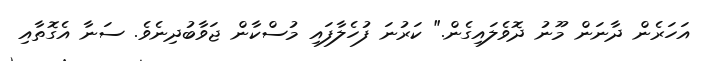
އަހަރެން ދާނަން މޫނު ދޮވެލައިގެން." ކަރުނަ ފުހެލާފައި މުސްކާން ޖަވާބުދިނެވެ. ސަނާ އެގޮތާއި